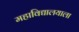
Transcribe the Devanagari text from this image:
महाविद्यालयाला